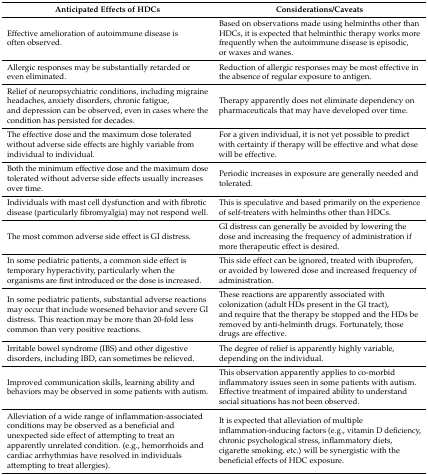
<table><thead><tr><td><b>Anticipated Effects of HDCs</b></td><td><b>Considerations/Caveats</b></td></tr></thead><tbody><tr><td>Effective amelioration of autoimmune disease is often observed.</td><td>Based on observations made using helminths other than HDCs, it is expected that helminthic therapy works more frequently when the autoimmune disease is episodic, or waxes and wanes.</td></tr><tr><td>Allergic responses may be substantially retarded or even eliminated.</td><td>Reduction of allergic responses may be most effective in the absence of regular exposure to antigen.</td></tr><tr><td>Relief of neuropsychiatric conditions, including migraine headaches, anxiety disorders, chronic fatigue, and depression can be observed, even in cases where the condition has persisted for decades.</td><td>Therapy apparently does not eliminate dependency on pharmaceuticals that may have developed over time.</td></tr><tr><td>The effective dose and the maximum dose tolerated without adverse side effects are highly variable from individual to individual.</td><td>For a given individual, it is not yet possible to predict with certainty if therapy will be effective and what dose will be effective.</td></tr><tr><td>Both the minimum effective dose and the maximum dose tolerated without adverse side effects usually increases over time.</td><td>Periodic increases in exposure are generally needed and tolerated.</td></tr><tr><td>Individuals with mast cell dysfunction and with fibrotic disease (particularly fibromyalgia) may not respond well.</td><td>This is speculative and based primarily on the experience of self-treaters with helminths other than HDCs.</td></tr><tr><td>The most common adverse side effect is GI distress.</td><td>GI distress can generally be avoided by lowering the dose and increasing the frequency of administration if more therapeutic effect is desired.</td></tr><tr><td>In some pediatric patients, a common side effect is temporary hyperactivity, particularly when the organisms are first introduced or the dose is increased.</td><td>This side effect can be ignored, treated with ibuprofen, or avoided by lowered dose and increased frequency of administration.</td></tr><tr><td>In some pediatric patients, substantial adverse reactions may occur that include worsened behavior and severe GI distress. This reaction may be more than 20-fold less common than very positive reactions.</td><td>These reactions are apparently associated with colonization (adult HDs present in the GI tract), and require that the therapy be stopped and the HDs be removed by anti-helminth drugs. Fortunately, those drugs are effective.</td></tr><tr><td>Irritable bowel syndrome (IBS) and other digestive disorders, including IBD, can sometimes be relieved.</td><td>The degree of relief is apparently highly variable, depending on the individual.</td></tr><tr><td>Improved communication skills, learning ability and behaviors may be observed in some patients with autism.</td><td>This observation apparently applies to co-morbid inflammatory issues seen in some patients with autism. Effective treatment of impaired ability to understand social situations has not been observed.</td></tr><tr><td>Alleviation of a wide range of inflammation-associated conditions may be observed as a beneficial and unexpected side effect of attempting to treat an apparently unrelated condition. (e.g., hemorrhoids and cardiac arrhythmias have resolved in individuals attempting to treat allergies).</td><td>It is expected that alleviation of multiple inflammation-inducing factors (e.g., vitamin D deficiency, chronic psychological stress, inflammatory diets, cigarette smoking, etc.) will be synergistic with the beneficial effects of HDC exposure.</td></tr></tbody></table>